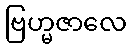
ဗြဟ္မဇာလေ